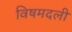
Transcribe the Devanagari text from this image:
विषमदली